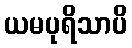
ယမပုရိသာပိ